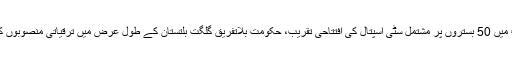
پامیر ٹائمز – گلگت میں 50 بستروں پر مشتمل سٹی اسپتال کی افتتاحی تقریب، حکومت بلاتفریق گلگت بلتستان کے طول عرض میں ترقیاتی منصوبوں کا جال بچھادے گی ۔